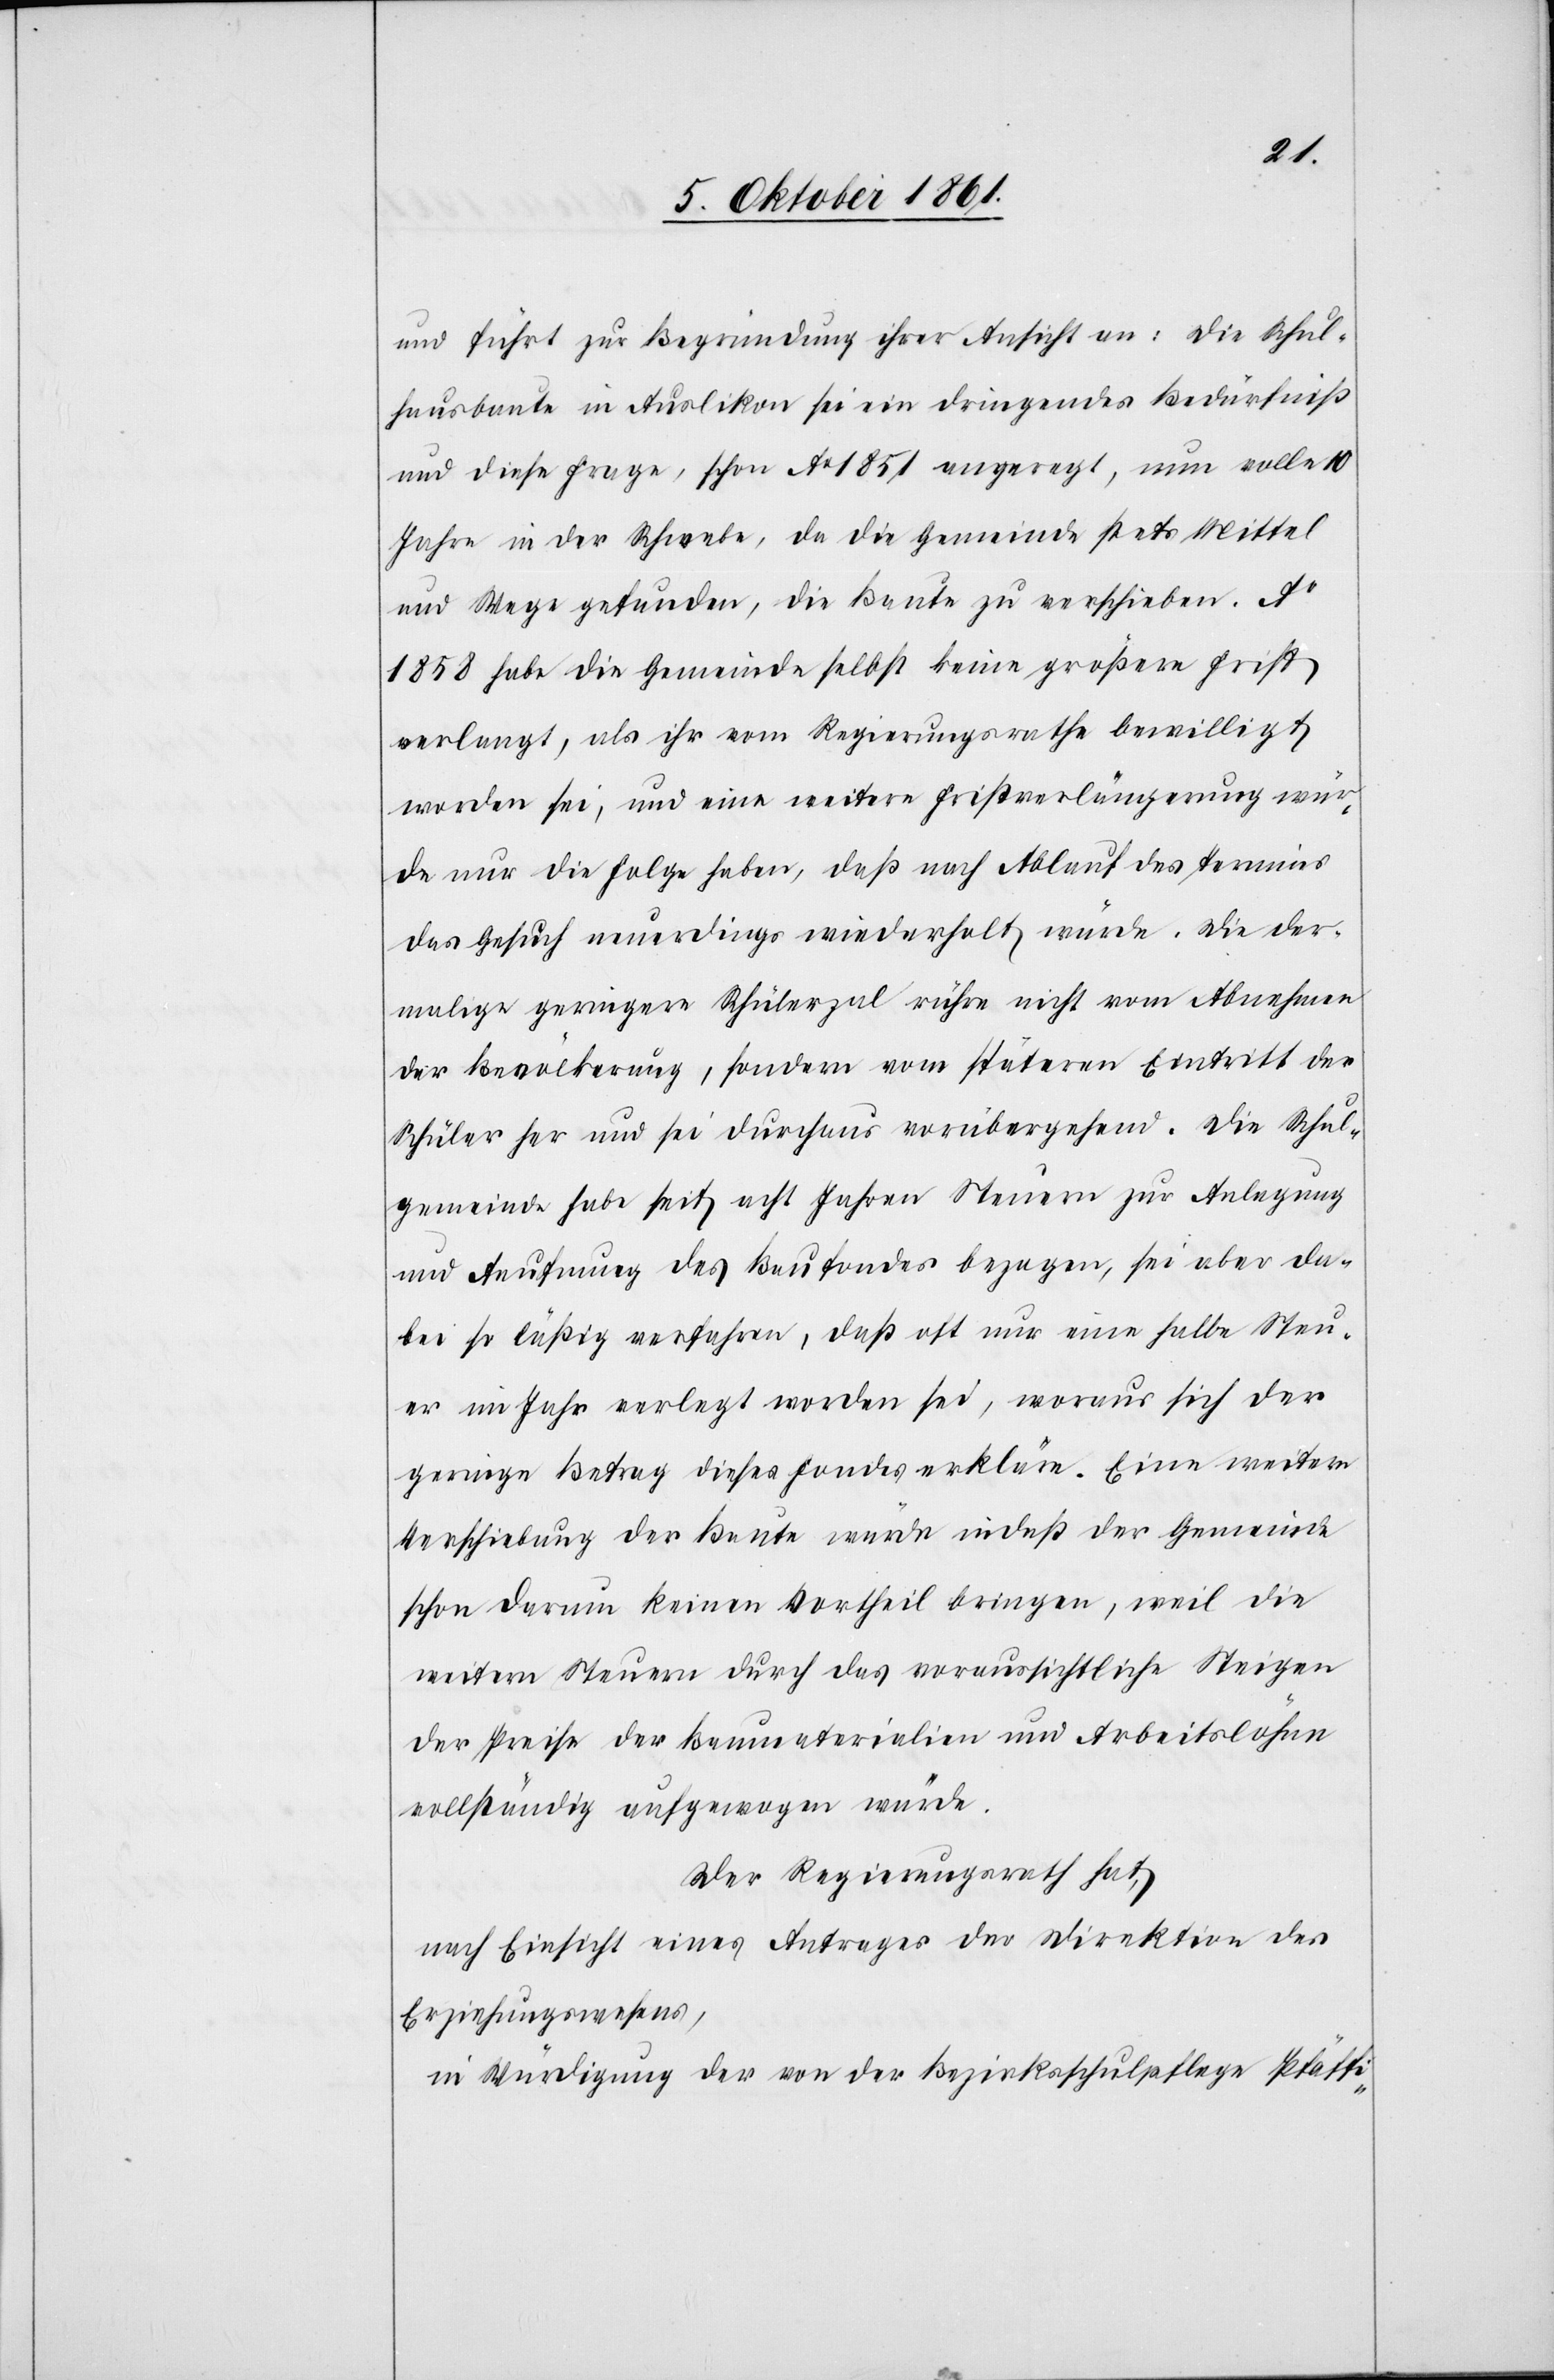
und führt zur Begründung ihrer Ansicht an: die Schul¬
hausbaute in Auslikon sei ein dringendes Bedürfniß
und diese Frage, schon Ao. 1851 angeregt, nun volle
Jahre in der Schwebe, da die Gemeinde stets Mittel
und Wege gefunden, die Baute zu verschieben. Ao.
1858 habe die Gemeinde selbst keine größere Frist
verlangt, als ihr vom Regierungsrathe bewilligt
worden sei, und eine weitere Fristverlängerung wür¬
de nur die Folge haben, daß nach Ablauf des Termins
das Gesuch neuerdings wiederholt würde. Die der¬
malige geringere Schülerzal rühre nicht vom Abnehmen
der Bevölkerung, sondern vom spätern Eintritt der
Schüler her und sei durchaus vorübergehend. Die Schul¬
gemeinde habe seit acht Jahren Steuern zur Anlegung
und Aeufnung des Baufondes bezogen, sei aber da¬
bei so läßig verfahren, daß oft nur eine halbe Steu¬
er im Jahr verlegt worden sei, woraus sich der
geringe Betrag dieses Fondes erkläre. Eine weitere
Verschiebung der Baute würde indeß der Gemeinde
schon darum keinen Vortheil bringen, weil die
weitern Steuern durch das voraussichtliche Steigen
der Preise der Baumaterialien und Arbeitslöhne
vollständig aufgewogen würde.
Der Regierungsrath hat,
nach Einsicht eines Antrages der Direktion des
Erziehungswesens,
in Würdigung der von der Bezirksschulpflege Pfäffi-